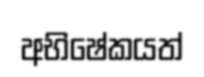
අභිෂේකයත්